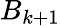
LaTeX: B_{k+1}